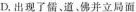
D.出现了儒、道、佛并立局面